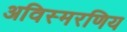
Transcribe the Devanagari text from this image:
अविस्मरणिय